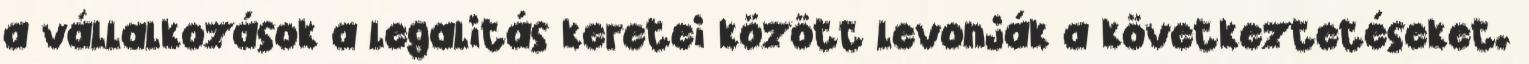
a vállalkozások a legalitás keretei között levonják a következtetéseket.